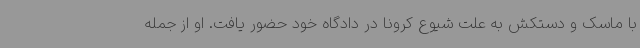
با ماسک و دستکش به علت شیوع کرونا در دادگاه خود حضور یافت. او از جمله